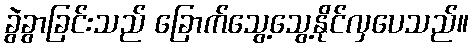
ခွဲခွာခြင်းသည် ခြောက်သွေ့သွေ့နိုင်လှပေသည်။